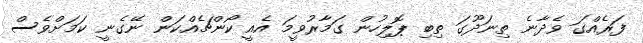
ފަރެއްގަ ވެދާނެ ތިނަދޫގަ ތިބި ޕޮލިހުން ގަމާރުވީމަ އެއީ ކޯންޗެއްކަން ނޭގެނީ ކަމަށްވެސް